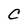
Character: C